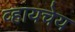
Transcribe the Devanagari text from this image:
व्हायचेय